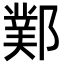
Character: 𨞊